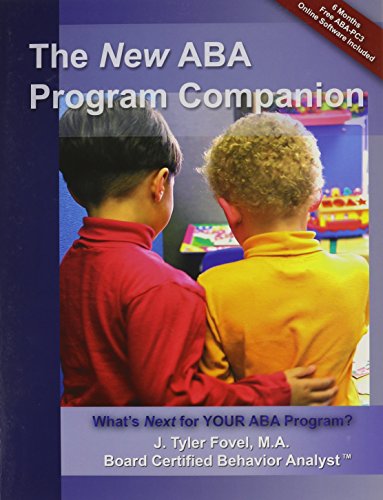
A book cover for The New ABA Program Companion: What's Next for Your ABA Program?; J. Tyler Fovel; Medical Books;